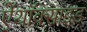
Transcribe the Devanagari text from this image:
ऐंथॉक्साइड